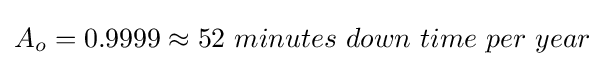
A_{o}=0.9999\approx 52\ minutes\ down\ time\ per\ year